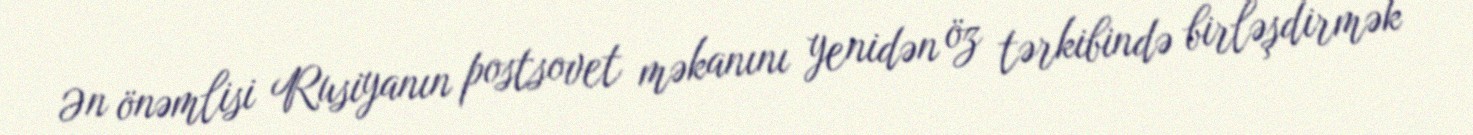
Ən önəmlisi Rusiyanın postsovet məkanını yenidən öz tərkibində birləşdirmək